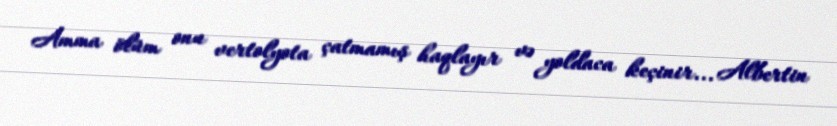
Amma ölüm onu vertolyota çatmamış haqlayır və yoldaca keçinir... Albertin